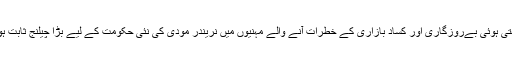
انڈیا میں بڑھتی ہوئی بےروزگاری اور کساد بازاری کے خطرات آنے والے مہنیوں میں نریندر مودی کی نئی حکومت کے لیے بڑا چیلنج ثابت ہو سکتے ہیں۔